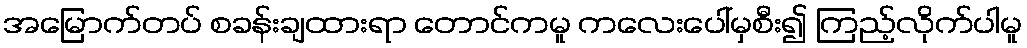
အမြောက်တပ် စခန်းချထားရာ တောင်ကမူ ကလေးပေါ်မှစီး၍ ကြည့်လိုက်ပါမူ